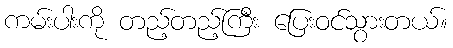
ကမ်းပါးကို တည့်တည့်ကြီး ပြေးဝင်သွားတယ်။